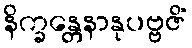
နိက္ခန္တေနာနုပဗ္ဗဇိံ